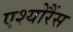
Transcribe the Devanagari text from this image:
एश्योरैंस